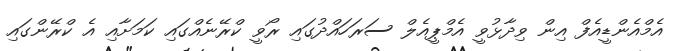
އެމްއެންޑީއެފް އިން ވިދާޅުވީ އެމްޕީއެލް ސަރަހައްދުގައި ރޯވީ ކްރޭނެއްގައި ކަމަށާއި އެ ކްރޭންގައި